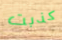
كذبت